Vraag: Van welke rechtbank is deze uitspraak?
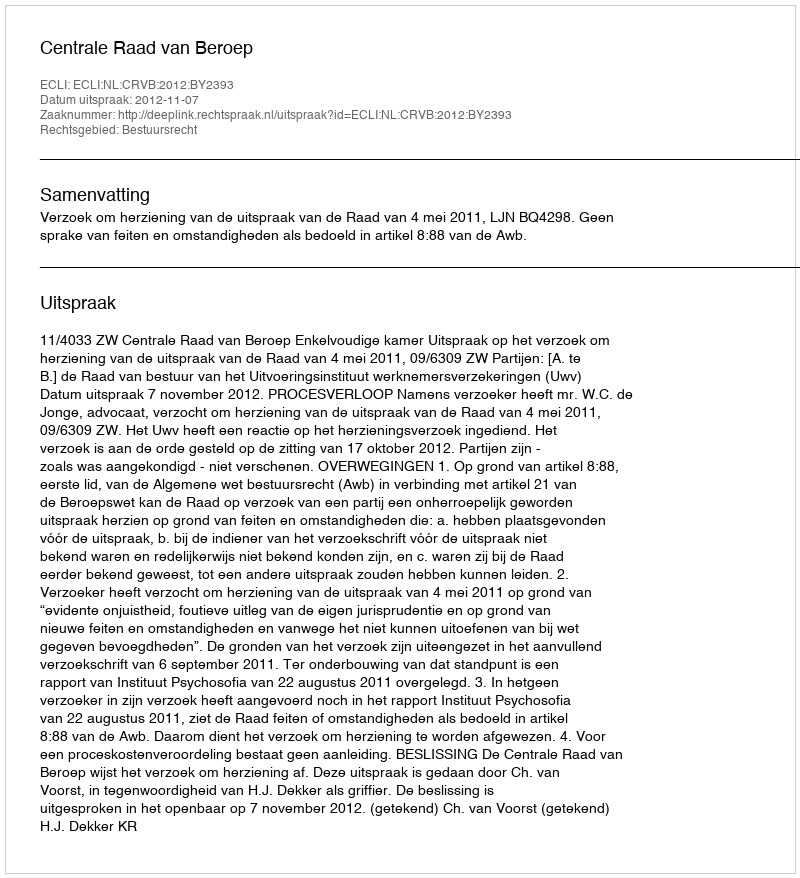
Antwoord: Centrale Raad van Beroep